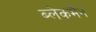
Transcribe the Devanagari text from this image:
ब्लेकमैन